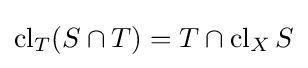
\operatorname {cl} _{T}(S\cap T)=T\cap \operatorname {cl} _{X}S